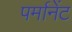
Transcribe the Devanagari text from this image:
पर्मानेंट